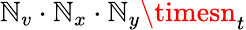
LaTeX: \mathbb{N}_{v}\cdot\mathbb{N}_{x}\cdot\mathbb{N}_{y}\timesn_{t}